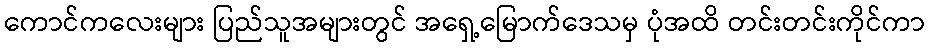
ကောင်ကလေးများ ပြည်သူအများတွင် အရှေ့မြောက်ဒေသမှ ပုံအထိ တင်းတင်းကိုင်ကာ